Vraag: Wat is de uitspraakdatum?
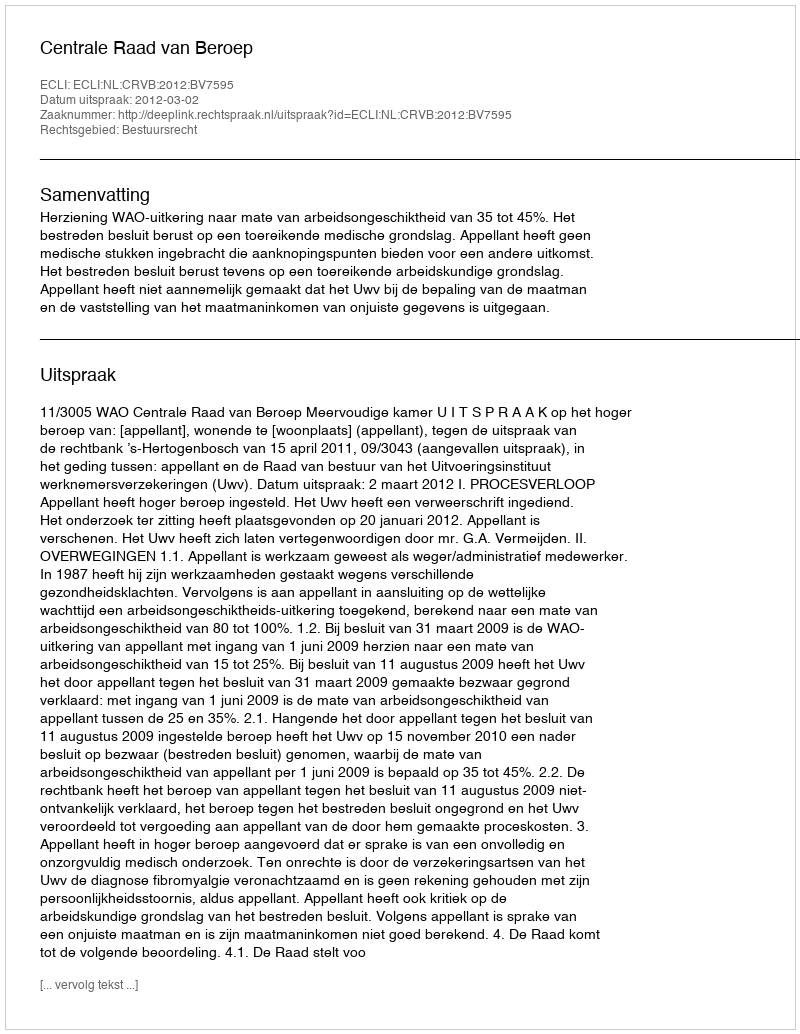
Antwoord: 2012-03-02